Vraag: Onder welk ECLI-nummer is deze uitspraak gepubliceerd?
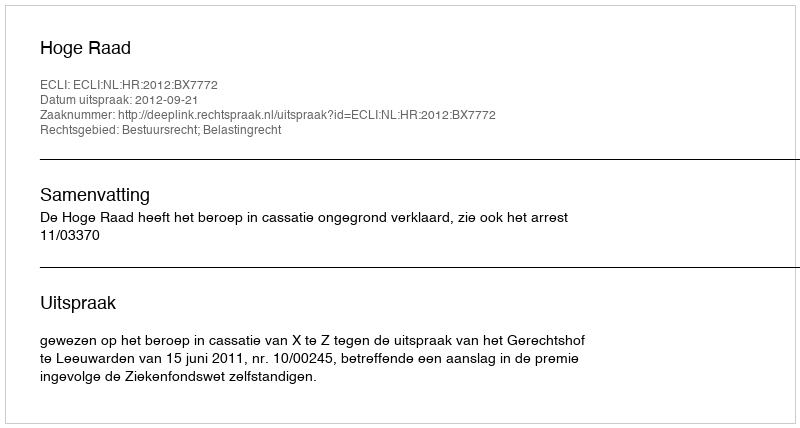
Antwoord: ECLI:NL:HR:2012:BX7772